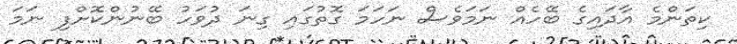
ކިތަންމެ އާދައިގެ ބޭހެއް ނަމަވެސް ނަހަމަ ގޮތުގައި ގިނަ ދުވަހު ބޭނުންކޮށްފި ނަމަ